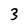
Character: 3